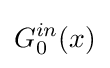
G_{0}^{in}(x)